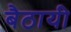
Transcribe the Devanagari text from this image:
बैठायी